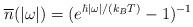
LaTeX: \begin{align*}{\overline n}(|\omega|)=(e^{\hbar|\omega|/(k_B T)} -1)^{-1}\end{align*}